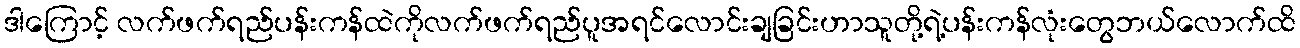
ဒါကြောင့် လက်ဖက်ရည်ပန်းကန်ထဲကိုလက်ဖက်ရည်ပူအရင်လောင်းချခြင်းဟာသူတို့ရဲ့ပန်းကန်လုံးတွေဘယ်လောက်ထိ